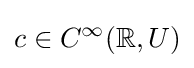
c\in C^{\infty }(\mathbb {R} ,U)